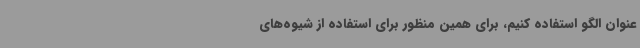
‌عنوان الگو استفاده کنیم، برای همین منظور برای استفاده از شیوه‌های